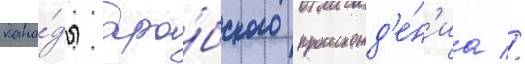
кана́ды ара́бского происхожд'е́н'иа //